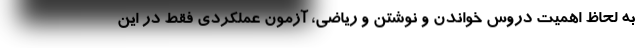
به لحاظ اهمیت دروس خواندن و نوشتن و ریاضی، آزمون عملکردی فقط در این